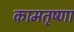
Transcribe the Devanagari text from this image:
कामतृष्णा